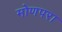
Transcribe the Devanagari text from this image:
मोणपरा